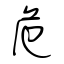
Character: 危